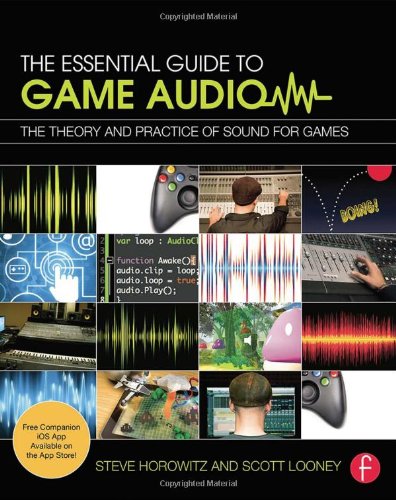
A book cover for The Essential Guide to Game Audio: The Theory and Practice of Sound for Games; Steve Horowitz; Computers & Technology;